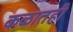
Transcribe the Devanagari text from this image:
कळातही